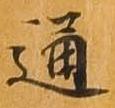
通